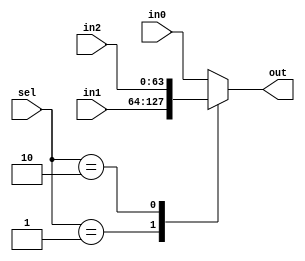
`timescale 1ns / 1ps
//////////////////////////////////////////////////////////////////////////////////
// Company: 
// Engineer: 
// 
// Design Name: 
// Module Name: mux_3to1
// Project Name: 
// Target Devices: 
// Tool Versions: 
// Description: 
// 
// Dependencies: 
// 
// Revision:
// Revision 0.01 - File Created
// Additional Comments:
// 
//////////////////////////////////////////////////////////////////////////////////


module mux_3to1(sel, in0, in1, in2, out);

input[1:0] sel;
input   [63:0] in0;
input  [63:0] in1;
input  [63:0] in2;
output reg [63:0]  out;


always@(sel, in0, in1, in2)
 case(sel)
  0: out <= in0;
  1: out <= in1;
  2: out <= in2;
  default: out <= in0;
  endcase
endmodule